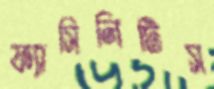
ফ্যাসিলিটিস